Indian journal of veterinary science and animal husbandry - Volume 6,
Year: 1936
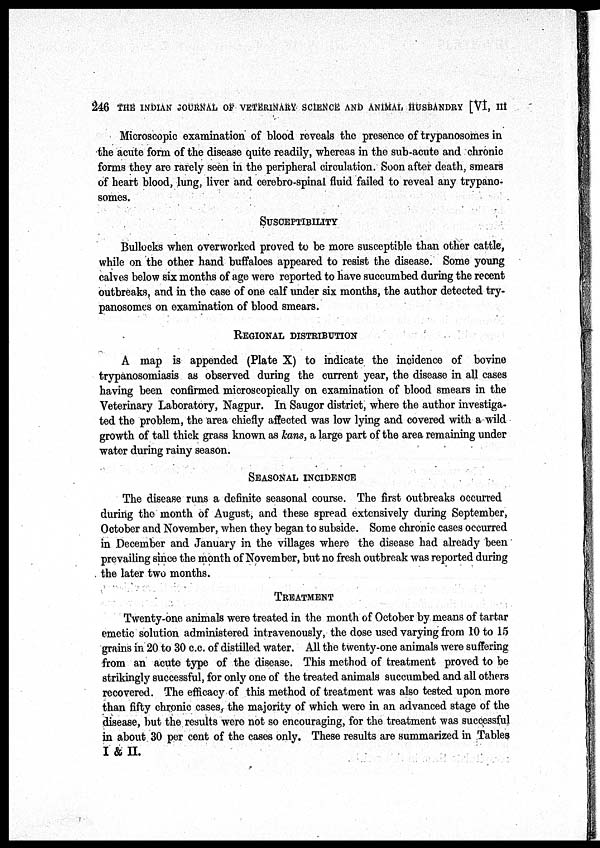
246 THE INDIAN JOURNAL OF VETERINARY SCIENCE AND ANIMAL HUSBANDRY [VI, III
Microscopic examination of blood reveals the presence of trypanosomes in
the acute form of the disease quite readily, whereas in the sub-acute and chronic
forms they are rarely seen in the peripheral circulation. Soon after death, smears
of heart blood, lung, liver and cerebro-spinal fluid failed to reveal any trypano-
somes.
SUSCEPTIBILITY
Bullocks when overworked proved to be more susceptible than other cattle,
while on the other hand buffaloes appeared to resist the disease. Some young
calves below six months of age were reported to have succumbed during the recent
outbreaks, and in the case of one calf under six months, the author detected try-
panosomes on examination of blood smears.
REGIONAL DISTRIBUTION
A map is appended (Plate X) to indicate the incidence of bovine
trypanosomiasis as observed during the current year, the disease in all cases
having been confirmed microscopically on examination of blood smears in the
Veterinary Laboratory, Nagpur. In Saugor district, where the author investiga-
ted the problem, the area chiefly affected was low lying and covered with a wild
growth of tall thick grass known as kans, a large part of the area remaining under
water during rainy season.
SEASONAL INCIDENCE
The disease runs a definite seasonal course. The first outbreaks occurred
during the month of August, and these spread extensively during September,
October and November, when they began to subside. Some chronic cases occurred
in December and January in the villages where the disease had already been
prevailing since the month of November, but no fresh outbreak was reported during
the later two months.
TREATMENT
Twenty-one animals were treated in the month of October by means of tartar
emetic solution administered intravenously, the dose used varying from 10 to 15
grains in 20 to 30 c.c. of distilled water. All the twenty-one animals were suffering
from an acute type of the disease. This method of treatment proved to be
strikingly successful, for only one of the treated animals succumbed and all others
recovered. The efficacy of this method of treatment was also tested upon more
than fifty chronic cases, the majority of which were in an advanced stage of the
disease, but the results were not so encouraging, for the treatment was successful
in about 30 per cent of the cases only. These results are summarized in Tables
I & II.